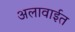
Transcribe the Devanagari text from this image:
अलावाईत